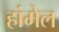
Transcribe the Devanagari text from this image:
हांमेल